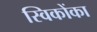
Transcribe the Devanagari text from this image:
स्विकोंका